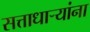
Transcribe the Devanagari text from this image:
सत्ताधार्‍यांना